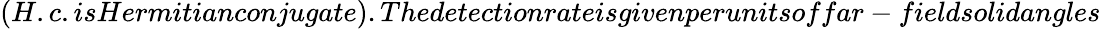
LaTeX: (H.c.isHermitianconjugate).Thedetectionrateisgivenperunitsoffar-fieldsolidangles